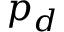
p _ { d }